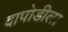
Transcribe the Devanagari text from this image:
दापोडीला